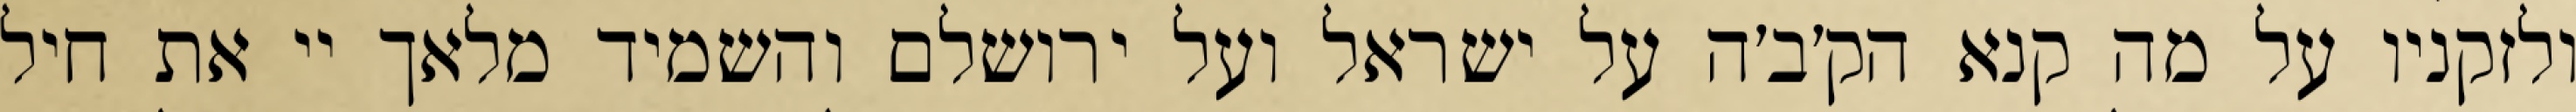
ולזקניו על מה קנא הק׳ב׳ה על ישראל ועל ירושלם והשמיד מלאך יי את חיל